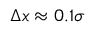
\Delta x \approx 0 . 1 \sigma